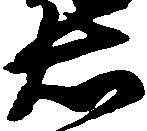
右